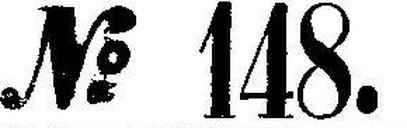
No 148.